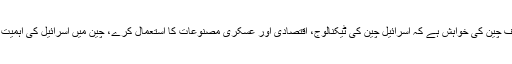
چین میں اپنے ہاں اسرائیلی پروپیگنڈے کو مثبت نظر سے دیکھ رہا ہے، دوسری طرف چین کی خواہش ہے کہ اسرائیل چین کی ٹیکنالوج، اقتصادی اور عسکری مصنوعات کا استعمال کرے، چین میں اسرائیل کی اہمیت اس لیے بھی زیادہ ہے کیونکہ چین اسرائیل کو مشرق وسطیٰ میں ابھرتا ہوا ملک ہے۔